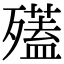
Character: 𣩱